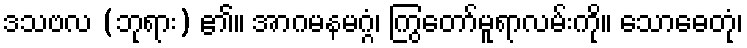
ဒသဗလ (ဘုရား) ၏။ အာဂမနမဂ္ဂံ၊ ကြွတော်မူရာလမ်းကို။ သောဓေတုံ၊